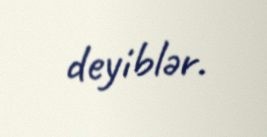
deyiblər.